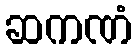
ဆကဏံ